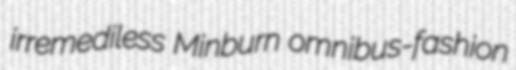
irremediless Minburn omnibus-fashion